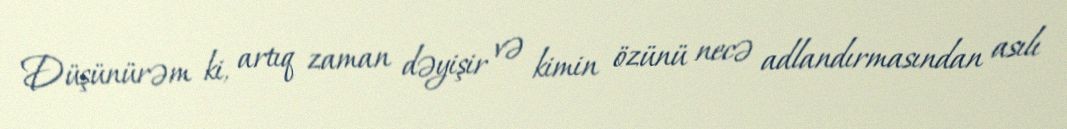
Düşünürəm ki, artıq zaman dəyişir və kimin özünü necə adlandırmasından asılı